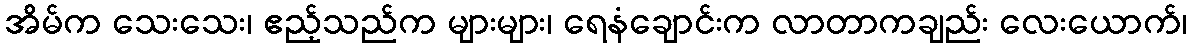
အိမ်က သေးသေး၊ ဧည့်သည်က များများ၊ ရေနံချောင်းက လာတာကချည်း လေးယောက်၊